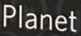
Planet